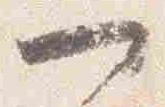
一